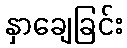
နှာချေခြင်း